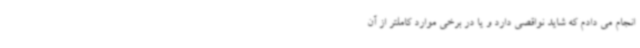
انجام می دادم که شاید نواقصی دارد و یا در برخی موارد کاملتر از آن